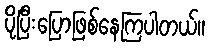
ပိုပြီးပြောဖြစ်နေကြပါတယ်။